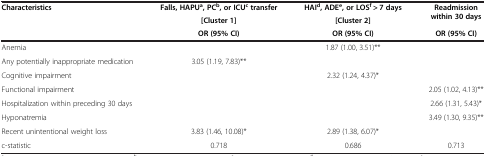
| <ROWSPAN=3> Characteristics | Falls, HAPUa, PCb, or ICUc transfer | HAId, ADEe, or LOSf > 7 days | <ROWSPAN=2> Readmission within 30 days |
 | [Cluster 1] | [Cluster 2] |
 | OR (95% CI) | OR (95% CI) | OR (95% CI) |
 | --- | --- | --- | --- |
 | Anemia |  | 1.87 (1.00, 3.51)** |  |
 | Any potentially inappropriate medication | 3.05 (1.19, 7.83)** |  |  |
 | Cognitive impairment |  | 2.32 (1.24, 4.37)* |  |
 | Functional impairment |  |  | 2.05 (1.02, 4.13)** |
 | Hospitalization within preceding 30 days |  |  | 2.66 (1.31, 5.43)* |
 | Hyponatremia |  |  | 3.49 (1.30, 9.35)** |
 | Recent unintentional weight loss | 3.83 (1.46, 10.08)* | 2.89 (1.38, 6.07)* |  |
 | c-statistic | 0.718 | 0.686 | 0.713 |